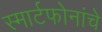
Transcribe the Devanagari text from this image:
स्मार्टफोनांचे